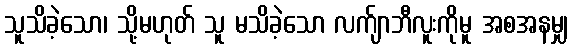
သူသိခဲ့သော၊ သို့မဟုတ် သူ မသိခဲ့သော လက်ျာဘီလူးကိုမူ အစအနမျှ